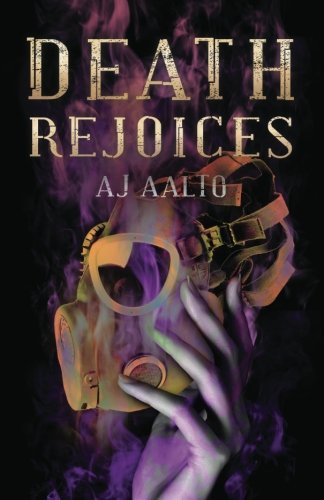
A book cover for Death Rejoices (The Marnie Baranuik Files) (Volume 2); A.J. Aalto; Romance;